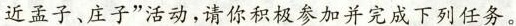
近孟子、庄子“活动，请你积极参加并完成下列任务。